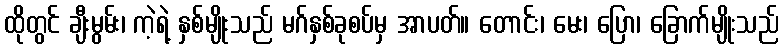
ထိုတွင် ချီးမွမ်း၊ ကဲ့ရဲ့ နှစ်မျိုးသည် မဂ်နှစ်ခုစပ်မှ အာပတ်။ တောင်း၊ မေး၊ ပြော၊ ခြောက်မျိုးသည်